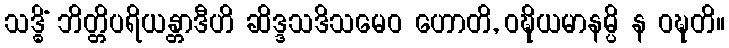
သဒ္ဓိံ ဘိတ္တိပရိယန္တာဒီဟိ ဆိဒ္ဒသဒိသမေဝ ဟောတိ, ဝဍ္ဎိယမာနမ္ပိ န ဝဍ္ဎတိ။